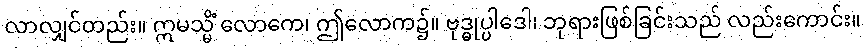
လာလျှင်တည်း။ ဣမသ္မိံ လောကေ၊ ဤလောက၌။ ဗုဒ္ဓုပ္ပါဒေါ၊ ဘုရားဖြစ်ခြင်းသည် လည်းကောင်း။